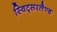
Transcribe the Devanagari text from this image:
स्विट्सरलैण्ड